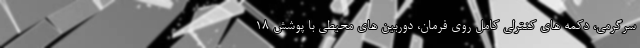
سرگرمی، دکمه های کنترلی کامل روی فرمان، دوربین های محیطی با پوشش 18